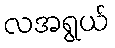
လအရွယ်